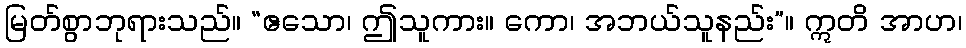
မြတ်စွာဘုရားသည်။ “ဧသော၊ ဤသူကား။ ကော၊ အဘယ်သူနည်း”။ ဣတိ အာဟ၊